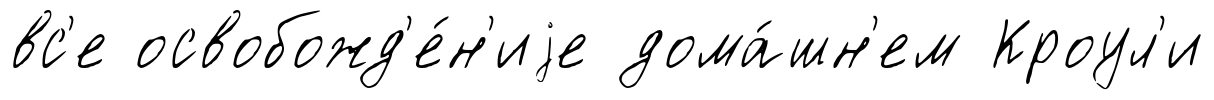
вс'е освобожд'е́н'иjе дома́шн'ем Кроул'и